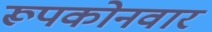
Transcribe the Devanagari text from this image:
रूपकोनवार